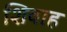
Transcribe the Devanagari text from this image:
शिवाह